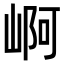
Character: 𡹣